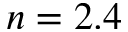
n = 2 . 4